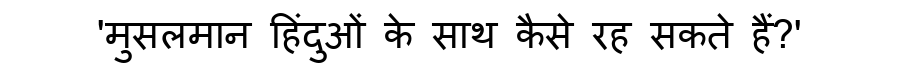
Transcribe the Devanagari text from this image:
'मुसलमान हिंदुओं के साथ कैसे रह सकते हैं?'